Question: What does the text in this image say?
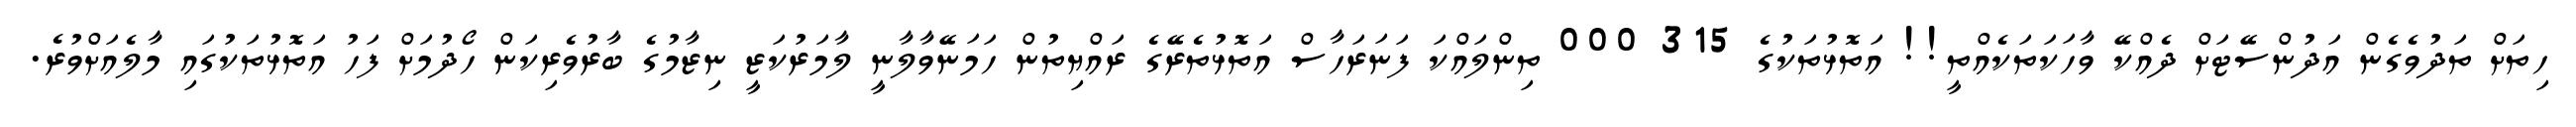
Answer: ހިތަށް ތަދުވެގެން އަދުންސޭޓަށް ދެއްކޭ ވާހަކަތަކެއްތީ!! އަތޮޅުތަކުގެ 315 000 ތިންލައްކަ ފަނަރަހާސް އަތޮޅުތެރޭގެ ރައްޔިތުން ހަމަނޭވާލާނީ ލާމަރުކަޒީ ނިޒާމުގެ ބާރުވެރިކަން ހޯދުމަށް ފަހު އަތޮޅުތަކުގައި މާލެއަށްވުރެ.